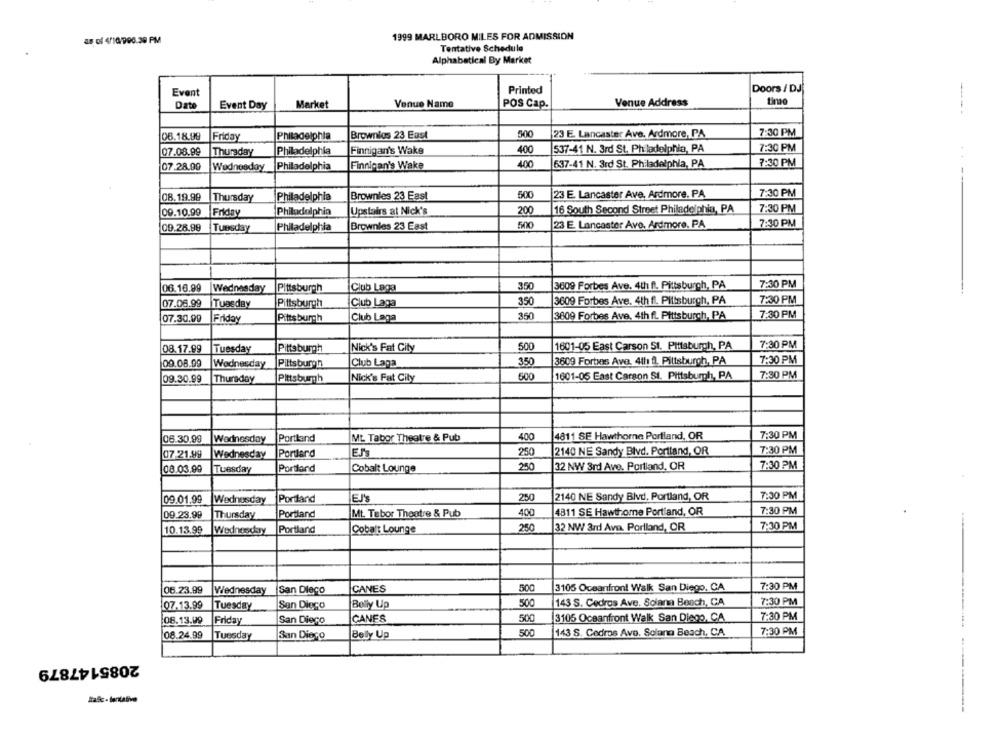
1999 MARLBORO MILES FOR ADMISSION
as of 4/10/908.30 PM
Tentative Schedule
Alphabetical By Market
Printed
Doors / DJ
Event
Venue Name
POS Cap.
Venue Address
Date
Event Day
Market
500
23 E. Lancaster Ave. Ardmore, PA
7:30 PM
06.18.99
Friday
Philadelphia
Brownlos 23 East
400
537-41 N. 3rd St. Philadelphia, PA
7:30 PM
07.08.99
Thursday
Philadelphia
Finnigan's Wake
637-41 N. 3rd St. Philadelphia, PA
7:30 PM
07.28.09
Wednesday
Philadelphia
Finnigan's Wake
500
23 E. Lancaster Ave. Ardmore, PA
7:30 PM
08.19.99
Thursday
Philadelphia
Brownies 23 East
7:30 PM
09.10.99
Friday
Philadelphia
Upstairs al Nick's
200
16 South Second Street Philadelphia, PA
23 E. Lancaster Avo, Ardmore, PA
7:30 PM
09.28.99
Tuesday
Philadelphia
Brownies 23 East
500
7:30 PM
06.16.99
Wednesday
Pittsburgh
Club Laga
350
3609 Forbes Ave. 4th fl. Pittsburgh, PA
07.06.99
Tuesday
Pittsburgh
Club Laga
350
3609 Forbes Ave. 4th fl. Pittsburgh, PA
7:30 PM
07.30.09
Friday
Pittsburgh
Club Laga
350
3609 Forbes Ave, 4th fl. Pittsburgh, PA
7:30 PM
08.17.99
Tuesday
Pittsburgh
Nick's Fat City
500
1601-05 East Carson St. Pittsburgh, PA
7:30 PM
09.08.99
Wednesday
Pittsburgh
Club Laga
350
3609 Forbes Ave. 4th fl, Pittsburgh, PA
7:30 PM
09.30.99
Thursday
Nick's Fat City
500
1601-05 East Carson SI. Pittsburgh, PA
7:30 PM
Pittsburgh
06.30,99
Wednesday
Portland
ML Tabor Theatre & Pub
400
4811 SE Hawthorne Portland, OR
7:30 PM
Portland
Er's
250
2140 NE Sandy Blvd. Portland, OR
7:30 PM
07 -21.99
Wednesday
08.03.99
Portland
Cobalt Lounge
250
32 NW 3rd Ave. Portland, OR
7:30 PM
Tuesday
Portland
EJ'S
250
2140 NE Sandy Blvd, Portland, OR
7:30 PM
09.01.99
Wednesday
09.23.99
Portland
Mt. Tabor Theatre & Pub
400
4811 SE Hawthome Portland, OR
7:30 PM
Thursday
250
32 NW 3rd Ava. Portland, OR
7:30 PM
10.13.99
Wednesday
Portland
Cobalt Lounge
3105 Oceanfront Walk San Diego, CA
7:30 PM
06.23.99
Wednesday
San Diego
CANES
500
143 S. Cedros Ave. Solana Beach, CA
7:30 PM
07.13.99
Tuesday
San Diego
Belly Up
7:30 PM
08.13.99
Friday
San Diego
CANES
500
3105 Oceanfront Walk San Diego, CA
7:30 PM
08.24.99
Tuesday
San Diego
Belly Up
500
143 S. Cedros Ave. Solana Beach, CA
2085147879